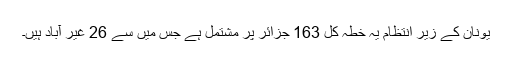
یونان کے زیر انتظام یہ خطہ کل 163 جزائر پر مشتمل ہے جس میں سے 26 غیر آباد ہیں۔